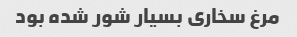
مرغ سخاری بسیار شور شده بود